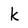
Character: k